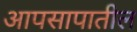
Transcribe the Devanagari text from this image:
आपसापातील